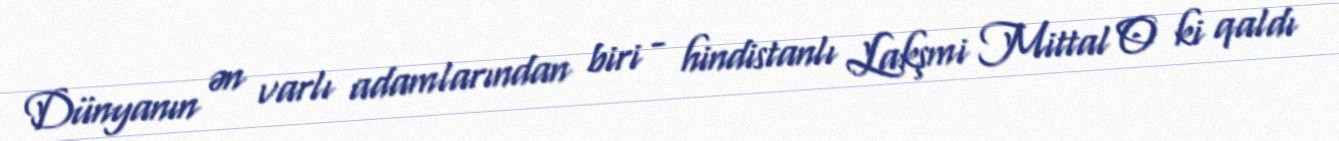
Dünyanın ən varlı adamlarından biri - hindistanlı Lakşmi Mittal O ki qaldı